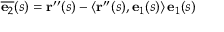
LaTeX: { \overline { { \mathbf { e } _ { 2 } } } } ( s ) = \mathbf { r } ^ { \prime \prime } ( s ) - \langle \mathbf { r } ^ { \prime \prime } ( s ) , \mathbf { e } _ { 1 } ( s ) \rangle \, \mathbf { e } _ { 1 } ( s )